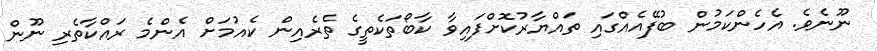
ނޫނެވެ. އެހެންކަމުން ބުފޭއެއްގައި ތައްޔާރުކޮށްފައިވާ ކާބޯތަކެތީގެ ތެރެއިން ކެއުމަށް އެންމެ ރައްކާތެރި ނޫން